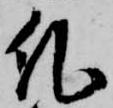
紀